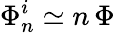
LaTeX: \Phi_{n}^{i}\simeq n\, \Phi